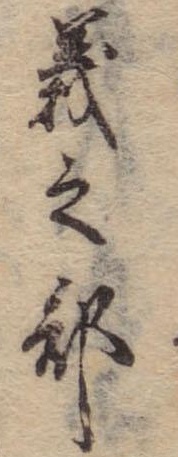
義之部